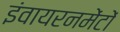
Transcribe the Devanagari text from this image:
इंवायरनमेंटों